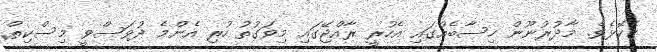
ގެކޮޅެވެ. މާދުރުނޫން ހިސާބެއްގައި އެހުރީ ރާއްޖޭގައި މިވަގުތު ހުރި އެންމެ ދުވަސްވީ މިސްކިތް